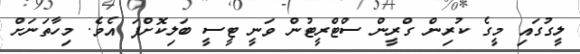
ލީގުގައި މީގެ ކުރިން ގްރީން ސްޓްރީޓުން ވަނީ ޓީސީ ބަލިކޮށްފަ އެވެ. މިހާތަނަށް